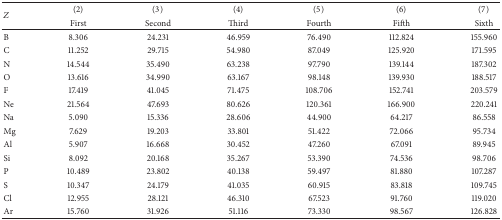
<table><thead><tr><td rowspan="2"><b><i>Z</i></b></td><td><b>(2)</b></td><td><b>(3)</b></td><td><b>(4)</b></td><td><b>(5)</b></td><td><b>(6)</b></td><td><b>(7)</b></td></tr><tr><td><b>First</b></td><td><b>Second</b></td><td><b>Third</b></td><td><b>Fourth</b></td><td><b>Fifth</b></td><td><b>Sixth</b></td></tr></thead><tbody><tr><td>B</td><td>8.306</td><td>24.231</td><td>46.959</td><td>76.490</td><td>112.824</td><td>155.960</td></tr><tr><td>C</td><td>11.252</td><td>29.715</td><td>54.980</td><td>87.049</td><td>125.920</td><td>171.595</td></tr><tr><td>N</td><td>14.544</td><td>35.490</td><td>63.238</td><td>97.790</td><td>139.144</td><td>187.302</td></tr><tr><td>O</td><td>13.616</td><td>34.990</td><td>63.167</td><td>98.148</td><td>139.930</td><td>188.517</td></tr><tr><td>F</td><td>17.419</td><td>41.045</td><td>71.475</td><td>108.706</td><td>152.741</td><td>203.579</td></tr><tr><td>Ne</td><td>21.564</td><td>47.693</td><td>80.626</td><td>120.361</td><td>166.900</td><td>220.241</td></tr><tr><td>Na</td><td>5.090</td><td>15.336</td><td>28.606</td><td>44.900</td><td>64.217</td><td>86.558</td></tr><tr><td>Mg</td><td>7.629</td><td>19.203</td><td>33.801</td><td>51.422</td><td>72.066</td><td>95.734</td></tr><tr><td>Al</td><td>5.907</td><td>16.668</td><td>30.452</td><td>47.260</td><td>67.091</td><td>89.945</td></tr><tr><td>Si</td><td>8.092</td><td>20.168</td><td>35.267</td><td>53.390</td><td>74.536</td><td>98.706</td></tr><tr><td>P</td><td>10.489</td><td>23.802</td><td>40.138</td><td>59.497</td><td> 81.880</td><td>107.287</td></tr><tr><td>S</td><td>10.347</td><td>24.179</td><td>41.035</td><td>60.915</td><td>83.818</td><td>109.745</td></tr><tr><td>Cl</td><td>12.955</td><td>28.121</td><td>46.310</td><td>67.523</td><td>91.760</td><td>119.020</td></tr><tr><td>Ar</td><td>15.760</td><td>31.926</td><td>51.116</td><td>73.330</td><td>98.567</td><td>126.828</td></tr></tbody></table>